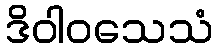
ဒိဝါဝသေသံ